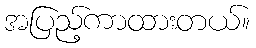
အပြည့်ကာထားတယ်။